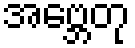
အဗ္ဘေတု